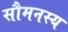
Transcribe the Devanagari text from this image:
सौमनस्य